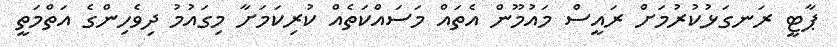
ޕާޓީ ރަނގަޅުކުރުމަށް ރައީސް މައުމޫން އެތައް މަސައްކަތެއް ކުރިކަމަށާ މިގައުމު ދިވެހިންގެ އަތްމަތީ